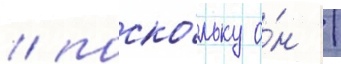
/ поско́льку о́н /